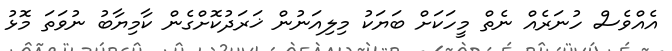
އެއްވެސް ހުނަރެއް ނެތް މީހަކަށް ބަޔަކު މިލިއަނުން ޚަރަދުކޮށްގެން ކާމިޔާބު ނުވަތަ މޮޅު